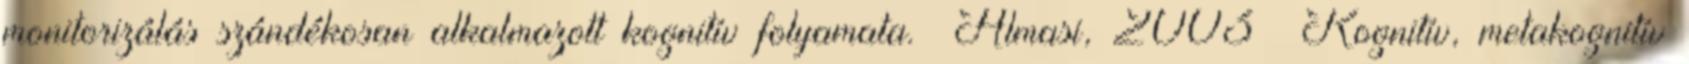
monitorizálás szándékosan alkalmazott kognitív folyamata. Almasi, 2003 Kognitív, metakognitív